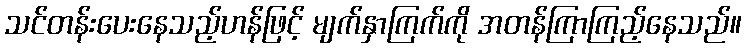
သင်တန်းပေးနေသည့်ဟန်ဖြင့် မျက်နှာကြက်ကို အတန်ကြာကြည့်နေသည်။